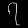
Digit: ၇